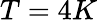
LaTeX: T=4K